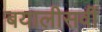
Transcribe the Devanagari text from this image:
बयालीसवीं